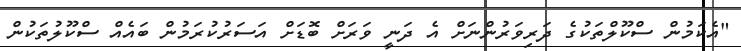
"އެކަމުން ސްކޫލްތަކުގެ ދަރިވަރުންނަށް އެ ދަނީ ވަރަށް ބޮޑަށް އަސަރުކުރަމުން ބައެއް ސްކޫލުތަކުން